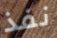
نفذ